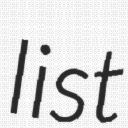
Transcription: list